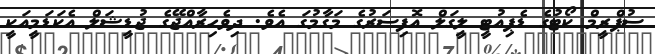
ސުޕްރީމް ކޯޓުގެ ޑެޕިއުޓީ ލީގަލް އޮފިސަރުގެ މަގާމުގަ އެވެ. ދިވެހިރާއްޖޭގެ ޖުޑީޝަލް އެކަޑަމީއަކީ